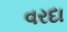
વરદા